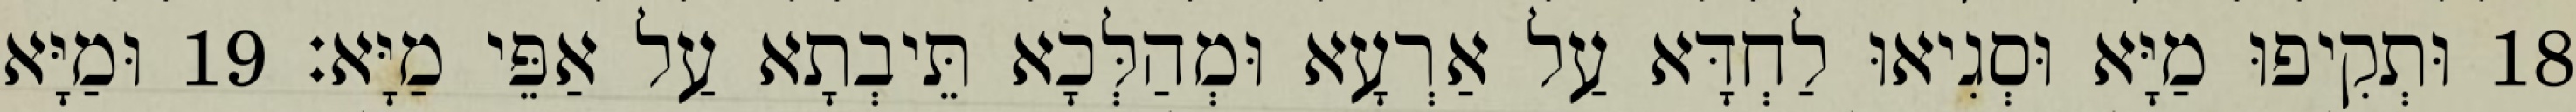
18 וּתְקִיפוּ מַיָּא וּסְגִיאוּ לַחְדָּא עַל אַרְעָא וּמְהַלְּכָא תֵּיבְתָא עַל אַפֵּי מַיָּא׃ 19 וּמַיָּא